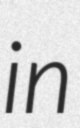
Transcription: in